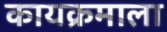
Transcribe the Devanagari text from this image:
कायक्रमाला